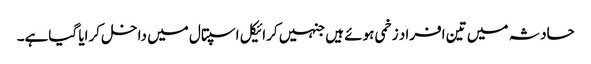
حادثہ میں تین افراد زخمی ہوئے ہیں جنہیں کرائیکل اسپتال میں داخل کرایا گیاہے۔